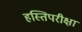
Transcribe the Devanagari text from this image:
हस्तिपरीक्षा